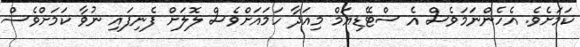
ކަމަށެވެ. އެހެންނަމަވެސް އެ ސްޓޭޑިއަމް މިއަދާ ހަމައަށްވެސް ލޮލަށް ފެނިފައި ނުވާ ކަމަށްވެސް